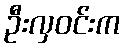
ဦးလှဝင်းက